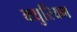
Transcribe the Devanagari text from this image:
क्युरियम